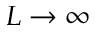
L \to \infty